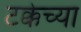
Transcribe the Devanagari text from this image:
टक्केच्या